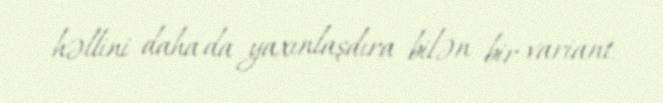
həllini daha da yaxınlaşdıra bilən bir variant.